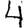
Digit: 4